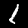
Label: 1